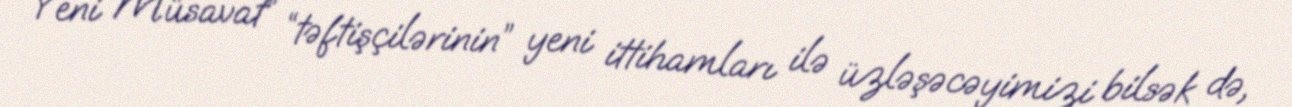
“Yeni Müsavat” “təftişçilərinin” yeni ittihamları ilə üzləşəcəyimizi bilsək də,